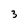
Character: 3